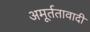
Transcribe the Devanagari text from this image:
अमूर्ततावादी